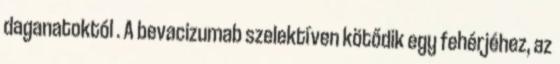
daganatoktól . A bevacizumab szelektíven kötődik egy fehérjéhez, az